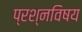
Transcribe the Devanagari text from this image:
प्रश्नविषय